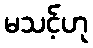
မသင့်ဟု